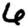
Digit: 6